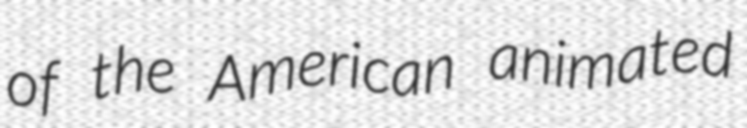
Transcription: of the American animated